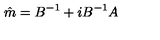
\hat { m } = B ^ { - 1 } + i B ^ { - 1 } A